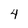
Character: 4